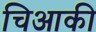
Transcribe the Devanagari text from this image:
चिआकी